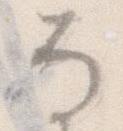
な